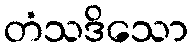
တံသဒိသော